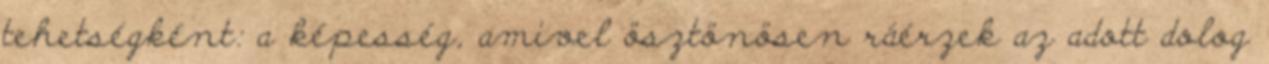
tehetségként: a képesség, amivel ösztönösen ráérzek az adott dolog